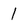
Character: 1